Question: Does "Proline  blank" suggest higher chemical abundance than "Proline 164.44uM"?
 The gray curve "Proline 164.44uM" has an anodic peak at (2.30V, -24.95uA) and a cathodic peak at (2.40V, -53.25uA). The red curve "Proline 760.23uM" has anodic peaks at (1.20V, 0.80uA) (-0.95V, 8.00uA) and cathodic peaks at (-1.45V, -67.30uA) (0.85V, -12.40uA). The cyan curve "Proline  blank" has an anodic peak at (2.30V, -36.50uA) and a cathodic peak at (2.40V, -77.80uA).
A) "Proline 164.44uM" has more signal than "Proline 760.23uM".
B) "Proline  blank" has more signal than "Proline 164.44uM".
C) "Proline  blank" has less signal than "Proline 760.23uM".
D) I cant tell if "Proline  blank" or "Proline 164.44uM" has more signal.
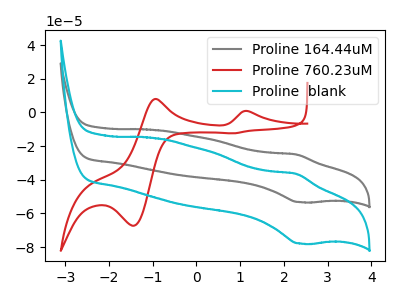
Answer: <think>All the peaks in "Proline  blank" have a peak in "Proline 164.44uM" at the same potential.
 </think>
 <answer>D) I cant tell if "Proline  blank" or "Proline 164.44uM" has more signal.</answer>
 <eval>D</eval>